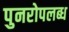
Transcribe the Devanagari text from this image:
पुनरोपलब्ध